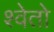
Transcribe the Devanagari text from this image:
श्‍वेतो